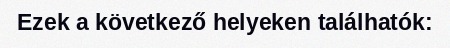
Ezek a következő helyeken találhatók: